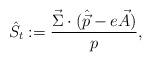
LaTeX: \begin{align*}\hat S_t : = {\vec{\Sigma}\cdot(\hat{\vec{p}}-e\vec{A})\over p},\end{align*}